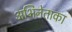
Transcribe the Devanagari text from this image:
अभिनेताका